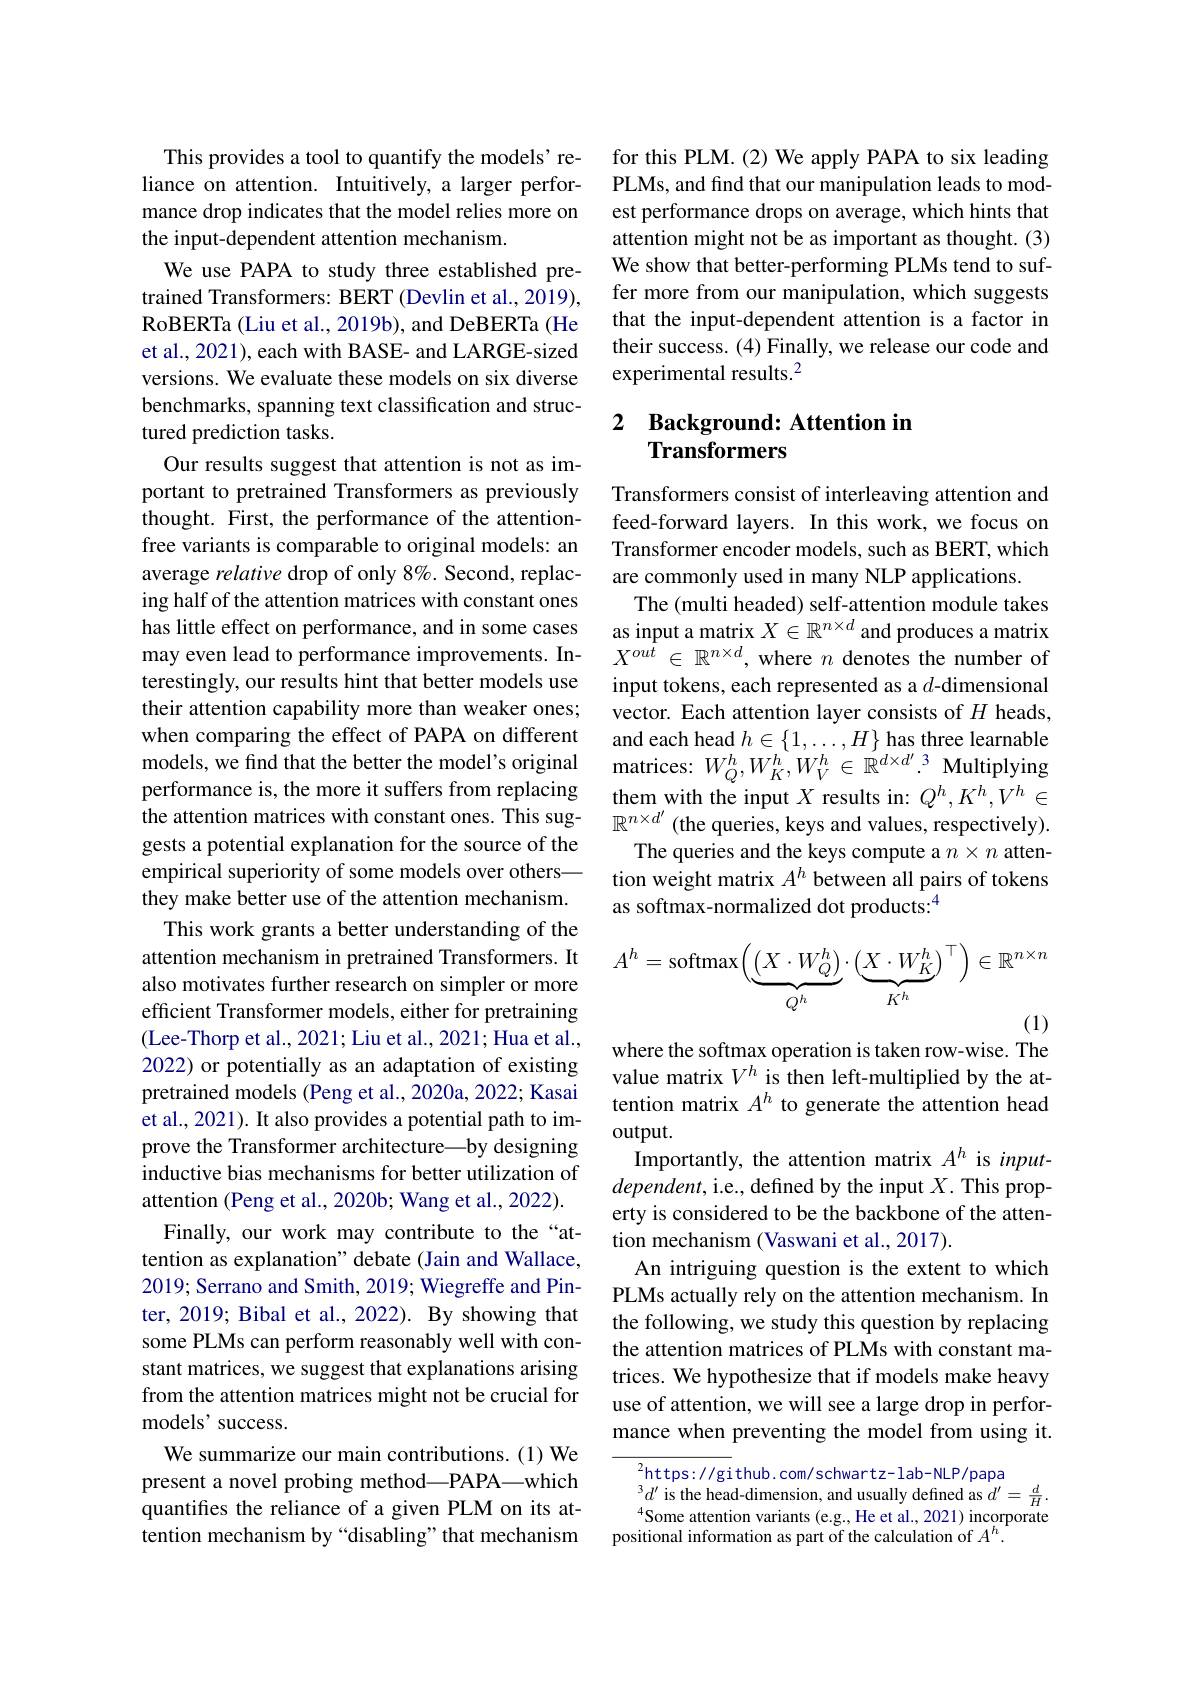
This provides a tool to quantify the models' reliance on attention. Intuitively, a larger performance drop indicates that the model relies more on the input-dependent attention mechanism.
We use PAPA to study three established pretrained Transformers: BERT (Devlin et al., 2019), RoBERTa (Liu et al., 2019b), and DeBERTa (He et al., 2021), each with BASE- and LARGE-sized versions. We evaluate these models on six diverse benchmarks, spanning text classification and structured prediction tasks.
Our results suggest that attention is not as important to pretrained Transformers as previously thought. First, the performance of the attentionfree variants is comparable to original models: an average relative drop of only 8%. Second, replacing half of the attention matrices with constant ones has little effect on performance, and in some cases may even lead to performance improvements. Interestingly, our results hint that better models use their attention capability more than weaker ones; when comparing the effect of PAPA on different models, we find that the better the model's original performance is, the more it suffers from replacing gests a potential explanation for the source of the empirical superiority of some models over others— they make better use of the attention mechanism.
This work grants a better understanding of the attention mechanism in pretrained Transformers. It also motivates further research on simpler or more efficient Transformer models, either for pretraining (Lee-Thorp et al., 2021; Liu et al., 2021; Hua et al., 2022) or potentially as an adaptation of existing pretrained models (Peng et al., 2020a, 2022; Kasai et al., 2021). It also provides a potential path to improve the Transformer architecture—by designing inductive bias mechanisms for better utilization of attention (Peng et al., 2020b; Wang et al., 2022).
Finally, our work may contribute to the“attention as explanation" debate (Jain and Wallace, 2019; Serrano and Smith, 2019; Wiegreffe and Pinter, 2019; Bibal et al., 2022). By showing that some PLMs can perform reasonably well with constant matrices, we suggest that explanations arising from the attention matrices might not be crucial for models' success.
We summarize our main contributions. (1) We present a novel probing method—PAPA—which quantifies the reliance of a given PLM on its attention mechanism by “disabling”that mechanism

for this PLM.(2) We apply PAPA to six leading PLMs, and find that our manipulation leads to modest performance drops on average, which hints that attention might not be as important as thought. (3) We show that better-performing PLMs tend to suffer more from our manipulation, which suggests that the input-dependent attention is a factor in their success. (4) Finally, we release our code and experimental results.$^2$

## 2 Background: Attention in Transformers

Transformers consist of interleaving attention and feed-forward layers. In this work, we focus on Transformer encoder models, such as BERT, which are commonly used in many NLP applications.
The (multi headed) self-attention module takes as input a matrix $X\in\mathbb{R}^{n\times d}$ and produces a matrix $X^{out}\in\mathbb{R}^{n\times d}$, where $n$ denotes the number of input tokens, each represented as a $d$-dimensional vector. Each attention layer consists of $H$ heads, and each head $h\in\{1,\ldots,H\}$ has three learnable them with the input $X$ results in: $Q^h,K^h,V^h\in$
the attention matrices with constant ones. This sug- $\mathbb{R}^{n\times d^{\prime}}$ (the queries, keys and values, respectively).
The queries and the keys compute a $n\times n$ attention weight matrix $A^h$ between all pairs of tokens as softmax-normalized dot products:$^{4}$
$$A^h=\text{softmax}\left(\underbrace{\left(X\cdot W_Q^h\right)}_{Q^h}\cdot\left(\underbrace{X\cdot W_K^h}_{K^h}\right)^\top\right)\in\mathbb{R}^{n\times n}$$
where the softmax operation is taken row-wise. The value matrix $V^h$ is then left-multiplied by the attention matrix $A^h$ to generate the attention head output.
Importantly, the attention matrix $A^h$ is input- $dependent$,i.e., defined by the input $X.$ This property is considered to be the backbone of the attention mechanism (Vaswani et al., 2017).
An intriguing question is the extent to which PLMs actually rely on the attention mechanism. In the following, we study this question by replacing the attention matrices of PLMs with constant matrices. We hypothesize that if models make heavy use of attention, we will see a large drop in performance when preventing the model from using it.

${^2\mathrm{https:}//\mathrm{gi}}$thub.com/schwartz-lab-NLP/papa
positional information as part of the calculation of $A^{h}.$